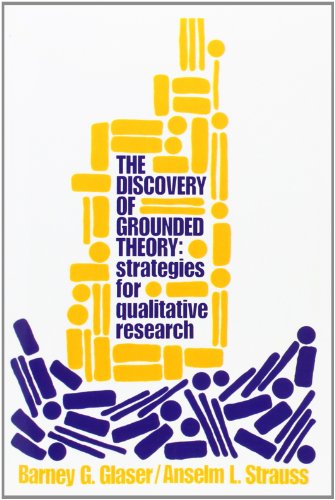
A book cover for The Discovery of Grounded Theory: Strategies for Qualitative Research; Barney Glaser; Science & Math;